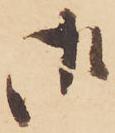
御